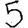
Digit: 5